Report of the Indian Hemp Drugs Commission, 1894-1895 - Volume III
Year: 1894
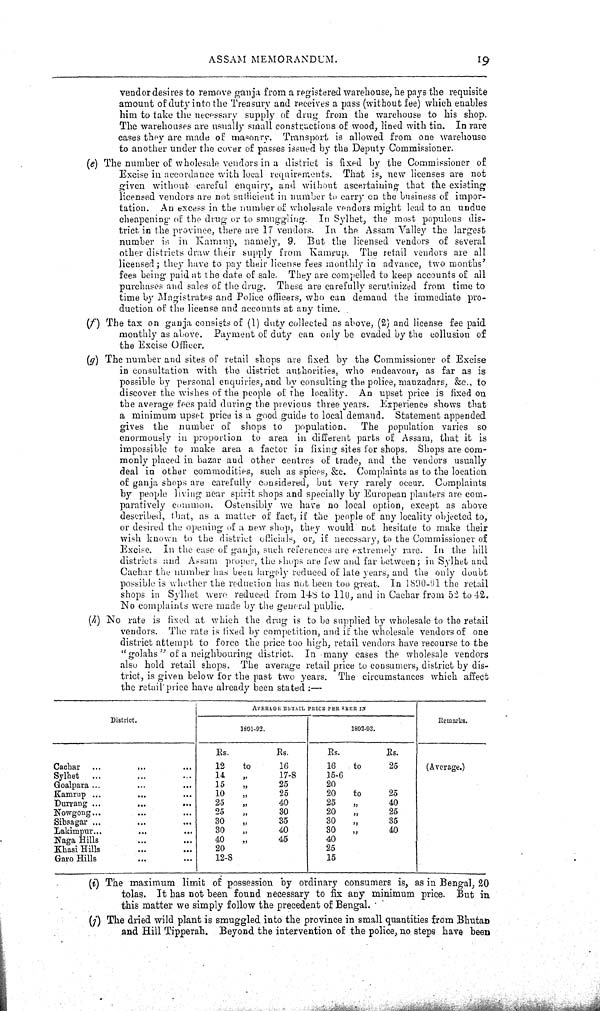
ASSAM MEMORANDUM.
19
vendor desires to remove ganja from a registered warehouse, he pays the requisite
amount of duty into the Treasury and receives a pass (without fee) which enables
him to take the necessary supply of drug from the warehouse to his shop.
The warehouses are usually small constructions of wood, lined with tin. In rare
cases they are made of masonry. Transport is allowed from one warehouse
to another under the cover of passes issued by the Deputy Commissioner.
(e) The number of wholesale vendors in a district is fixed by the Commissioner of
Excise in accordance with local requirements. That is, new licenses are not
given without careful enquiry, and without ascertaining that the existing
licensed vendors are not sufficient in number to carry on the business of impor-
tation. An excess in the number of wholesale vendors might lead to an undue
cheapening of the drug or to smuggling. In Sylhet, the most populous dis-
trict in the province, there are 17 vendors. In the Assam Valley the largest
number is in Kamrup, namely, 9. But the licensed vendors of several
other districts draw their supply from Kamrup. The retail vendors are all
licensed; they have to pay their license fees monthly in advance, two months'
fees being paid at the date of sale. They are compelled to keep accounts of all
purchases and sales of the drug. These are carefully scrutinized from time to
time by Magistrates and Police officers, who can demand the immediate pro-
duction of the license and accounts at any time.
(f) The tax on ganja consists of (1) duty collected as above, (2) and license fee paid
monthly as above. Payment of duty can only be evaded by the collusion of
the Excise Officer.
(g) The number and sites of retail shops are fixed by the Commissioner of Excise
in consultation with the district authorities, who endeavour, as far as is
possible by personal enquiries, and by consulting the police, mauzadars, &c., to
discover the wishes of the people of the locality. An upset price is fixed on
the average fees paid during the previous three years. Experience shows that
a minimum upset price is a good guide to local demand. Statement appended
gives the number of shops to population.
The population varies so
enormously in proportion to area in different parts of Assam, that it is
impossible to make area a factor in fixing sites for shops. Shops are com-
monly placed in bazar and other centres of trade, and the vendors usually
deal in other commodities, such as spices, &c. Complaints as to the location
of ganja shops are carefully considered, but very rarely occur. Complaints
by people living near spirit shops and specially by European planters are com-
paratively common. Ostensibly we have no local option, except as above
described, that, as a matter of fact, if the people of any locality objected to,
or desired the opening of a new shop, they would not hesitate to make their
wish known to the district officials, or, if necessary, to the Commissioner of
Excise. In the case of ganja, such references are extremely rare. In the hill
districts and Assam proper, the shops are few and far between; in Sylhet and
Cachar the number has been largely reduced of late years, and the only doubt
possible is whether the reduction has not been too great. In 1890-91 the retail
shops in Sylhet were reduced from 148 to 110, and in Cachar from 52 to 42.
No complaints were made by the general public.
(h) No rate is fixed at which the drug is to be supplied by wholesale to the retail
vendors. The rate is fixed by competition, and if the wholesale vendors of one
district attempt to force the price too high, retail vendors have recourse to the
"golahs" of a neighbouring district. In many cases the wholesale vendors
also hold retail shops. The average retail price to consumers, district by dis-
trict, is given below for the past two years. The circumstances which affect
the retail price have already been stated:—
District.
AVERAGE RETAIL PRICE PER SE ER IN
District.
1891-92.
1892-93.
Remarks.
District.
1891-92.
1892-93.
Remarks.
Rs.
Rs.
Rs.
Rs.
Cachar
12
to
16
16
to
25
(Average.)
Sylhet
14
"
17-8
15-6
Goalpara
15
"
25
20
Kamrup
10
"
25
20
to
25
Durrang
25
"
40
25 "
40
Nowgong
25
"
30
20 "
25
Sibsagar
30
"
35
30 "
35
Lakimpur
30
"
40
30 "
40
Naga Hills
40
"
45
40
Khasi Hills
20
25
Garo Hills
12-8
15
(i) The maximum limit of possession by ordinary consumers is, as in Bengal, 20
tolas. It has not been found necessary to fix any minimum price. But in
this matter we simply follow the precedent of Bengal.
(j) The dried wild plant is smuggled into the province in small quantities from Bhutan
and Hill Tipperah. Beyond the intervention of the police, no steps have been